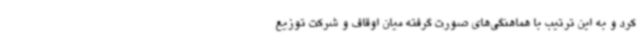
کرد و به این ترتیب با هماهنگی‌های صورت گرفته میان اوقاف و شرکت توزیع